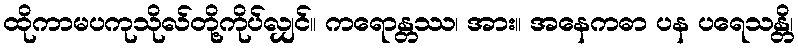
ထိုကာမပကုသိုလ်တို့ကိုပ်လျှင်။ ကရောန္တဿ၊ အား။ အနေကဓာ ပန ပရေသန္တိ၊